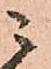
ニ